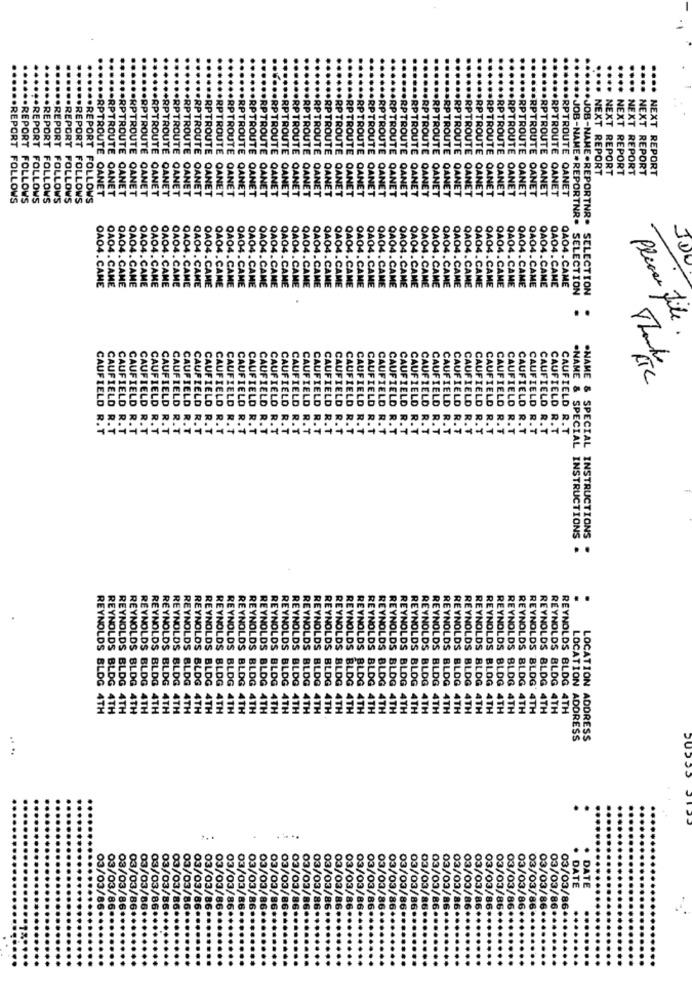
.... RPTROUTE
.RPTROUTE
.RPTROUTE
.RPTROUTE
+RPTROUTE
RPTROUTE
ROUTE
RPTROUTE
.RPTROUTE
.. RPTROUTE
.RPTROUTE
RPTROUTE
RPTROUTE
RPTROUTE
ARPTROUTE
RPTROUTE
RPTROUTE
RPTROUTE
RPTROUTE
RPTROUTE
.RPTROUTE
RPTROUTE
.RPTROUTE
RPTROUTE
RPTROUTE
.RPTROUTE
RPTROUTE
RPTROUTE
.RPTROUTE
.RPTROUTE
NEXT REPORT
NEXT REPORT
NEXT REPORT
NEXT REPORT
···· NEXT REPORT
QAN
OAN
RPTROUTE QAN
OAN
OAN
NEXT REPORT
OANET
QANET
QANET
QANET
OANET
QANET
QANET
OANET
OANET
... REPORT FOLLOWS
..... REPORT FOLLOWS
.. REPORT FOLLOWS
..... REPORT FOLLOWS
ODPOREPORT FOLLOWS
.REPORT FOLLOWS
O.REPORT FOLLOWS
... REPORT FOLLOWS
.. RPTROUTE QANET
CANET
.RPTROUTE CANET
QANET
RPTROUTE QANET
RPTROUTE QANET
RPTROUTE OANET
QANET
.RPTROUTE OANET
QANET
OANET
OANET
OANET
QANET
QANET
OANET
OANET
QANET
QANET
QANET
QANET
QANET
RPTROUTE QANET
QANET
OANET
.RPTROUTE QANET
.. RPTROUTE QANET
.RPTROUTE OANET
...... RPTROUTE OANET
.***** RPTROUTE QANET
****** RPTROUTE QANET
JUL
OA04. CAME
QAO4.CAME
QA04. CAME
QAO4. CAME
OAO4. CAME
OA04. CAME
QA04.CAME
OAO4.CAME
QAO4. CAME
QAO4. CAME
0A04.CAME
QAO4. CAME
QA04.CAME
QA04.CAME
0A04.CAME
QA04.CAME
QA04.CAME
QA04. CAME
QAO4.CAME
QAO4 . CAME
QAO4.CAME
QAO4.CAME
QAQ4.CAME
QAO4. CAME
OA04.CAME
QA04.CAME
QAO4. CAME
QA04.CAME
OA04.CAME
QA04.CAME
QA04.CAME
QA04. CAME
QA04. CAME
QA04.CAME
QA04.CAME
QA04.CAME
QA04.CAME
QA04.CAME
QA04.CAME
QA04.CAME
0404.CAME
QA04.CAME
Q404.CAME
QA04.CAME
**** JOB-NAME.REPORTNR. SELECTION
...... JOB-NAME.REPORTNR. SELECTION
..
Please File
RTC
Thanks
CAUFIELD
CAUFIELD
CAUFIELD
CAUFIELD
CAUFIELD
CAUFIELD
CAUFIELD
CAUFIELD
CAUFIELD
CAUFIELD
CAUFIELD
CAUFIELD
CAUFIELD
CAUFIELD
CAUFIELD
CAUFIELD
CAUFIELD
CAUFIELD
CAUFIELD
CAUFIELD
CAUFIELD
CAUFIELD
CAUFIELD
CAUFIELD
CAUFIELD
CAUFIELD
CAUFIELD
CAUFIELD
CAUFIELD
CAUFIELD
CAUFIELD
CAUFIELD
CAUFIELD
CAUFIELD
CAUFIELD
CAUFIELD
CAUFIELD
CAUFIELD
CAUFIELD
CAUFIELD R.1
CAUFIELD R.
R.T
CAUFIELD R.T
CAUFIELD R.T
CAUFIELD R.T
.T
.T
.NAME & SPECIAL INSTRUCTIONS
.NAME & SPECIAL INSTRUCTIONS
..
REYNOLDS BLDG
REYNOLDS BLDG
REYNOLDS BLDG
REYNOLDS BLDG
REYNOLDS BLOG
REYNOLDS BLDG
REYNOLDS BLDG
REYNOLDS BLDG
REYNOLDS BLDG
REYNOLDS BLDG
REYNOLDS BLDG
REYNOLDS BLDG
REYNOLDS BLOG
REYNOLDS BLOG
REYNOLDS BLOG
REYNOLDS BLDG
REYNOLDS BLDG
REYNOLDS BLDG
REYNOLDS BLOG
REYNOLDS BLOG
REYNOLDS BLOG
REYNOLDS BLDG
REYNOLDS BLDG
REYNOLDS BLOG
REYNOLDS BLDG 4T
REYNOLDS BLOG 4TH
REYNOLDS BLDG 4TH
REYNOLDS BLDG 4TH
4TH
4TH
REYNOLDS BLDG 4TH
4TH
REYNOLDS BLDG 4TH
4TH
4TH
REYNOLDS BLDG 4TH
REYNOLDS BLDG 4TH
REYNOLDS BLDG 4TH
REYNOLDS BLOG 4TH
4TH
REYNOLDS BLOG 4TH
4TH
4TH
REYNOLDS BLDG 4TH
4TH
4TH
4TH
4TH
4TH
REYNOLDS BLOG 4TH
4TH
REYNOLDS BLDG 4TH
4TH
REYNOLDS BLOG 4TH
4TH
ITH
4T
4TH
4TH
4TH
4TH
REYNOLDS BLDG 4TH
REYNOLDS BLOG 4TH
REYNOLDS BLDG 4TH
REYNOLDS BLDG 4TH
4TH
REYNOLDS BLDG 4TH
4TH
LOCATION ADDRESS
LOCATION ADDRESS
. ..
. ..
DATE
DATE
03/03/86
03/03/86
03/03/8
03/03/86
03/03/86
03/03/86
03/03/86*
03/03/86
03/03/86
03/03/86*
03/03/86*
03/03/86*
03/03/86*
03/03/86.
03/03/86*
03/03/86*
03/03/86*
03/03/86*
03/03/86
03/03/86
03/03/86
03/03/86
03/03/86
03/03/86
03/03/86 **
03/03/86 **
03/03/86 **
03/03/86 **
03/03/86 ..
03/03/86 **
03/03/86 **
03/03/86 **
03/03/86 **
03/03/86 **
03/03/86 **
03/03/86 ***
03/03/86 ****
03/03/86 ******
03/03/86 .*****
03/03/86 ******